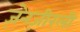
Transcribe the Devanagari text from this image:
ज़ेनज़ीरली